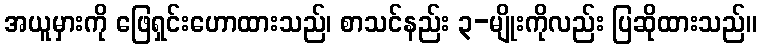
အယူမှားကို ဖြေရှင်းဟောထားသည်၊ စာသင်နည်း ၃-မျိုးကိုလည်း ပြဆိုထားသည်။